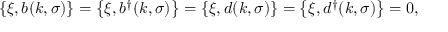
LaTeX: \left\{ \xi , b ( k , \sigma ) \right\} = \left\{ \xi , b ^ { \dagger } ( k , \sigma ) \right\} = \left\{ \xi , d ( k , \sigma ) \right\} = \left\{ \xi , d ^ { \dagger } ( k , \sigma ) \right\} = 0 ,